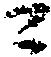
ニ